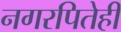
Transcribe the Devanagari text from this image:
नगरपितेही